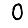
Digit: 0